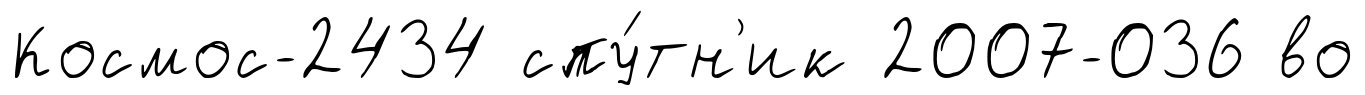
Космос-2434 спу́тн'ик 2007-036 во